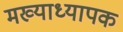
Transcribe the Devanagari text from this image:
मख्याध्यापक